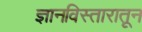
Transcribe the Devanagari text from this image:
ज्ञानविस्तारातून